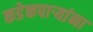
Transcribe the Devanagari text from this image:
कडेकपाऱ्यांना